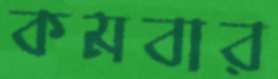
কমবার